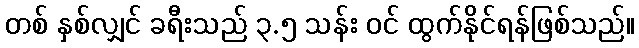
တစ် နှစ်လျှင် ခရီးသည် ၃.၅ သန်း ဝင် ထွက်နိုင်ရန်ဖြစ်သည်။